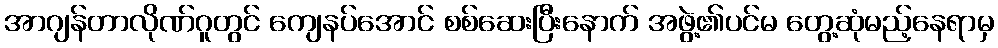
အာဂျန်တာလိုဏ်ဂူတွင် ကျေနပ်အောင် စစ်ဆေးပြီးနောက် အဖွဲ့၏ပင်မ တွေ့ဆုံမည့်နေရာမှ